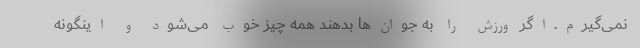
نمی‌گیرم.اگر ورزش را به جوان‌ها بدهند همه چیز خوب می‌شود و اینگونه